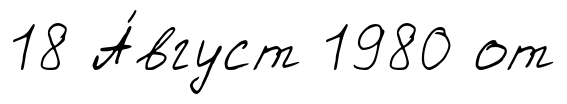
18 А́вгуст 1980 от